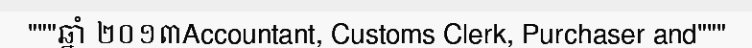
"""ឆ្នាំ ២០១៣Accountant, Customs Clerk, Purchaser and"""